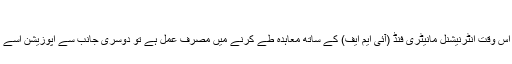
اپوزیشن نے آئی ایم ایف معاہدہ معیشت کو 'آؤٹ سورس' کرنے
اسلام آباد: ایک طرف پاکستان تحریک انصاف (پی ٹی آئی) حکومت اس وقت انٹرنیشنل مانیٹری فنڈ (آئی ایم ایف) کے ساتھ معاہدہ طے کرنے میں مصرف عمل ہے تو دوسری جانب سے اپوزیشن اسے ملکی معیشت آؤٹ سورس پر دینے کے مترادف قرار دے رہی ہے۔